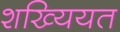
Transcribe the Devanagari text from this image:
शख्यियत